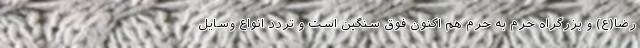
رضا(ع) و بزرگراه حرم به حرم هم اکنون فوق سنگین است و تردد انواع وسایل